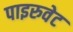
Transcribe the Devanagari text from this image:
पाइरुवेट